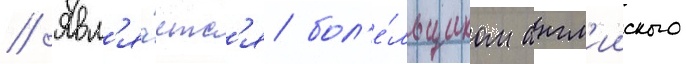
// Явл'я́етс'я бол'е́льщиком англ'ииского